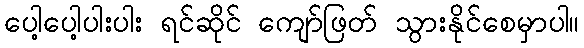
ပေါ့ပေါ့ပါးပါး ရင်ဆိုင် ကျော်ဖြတ် သွားနိုင်စေမှာပါ။